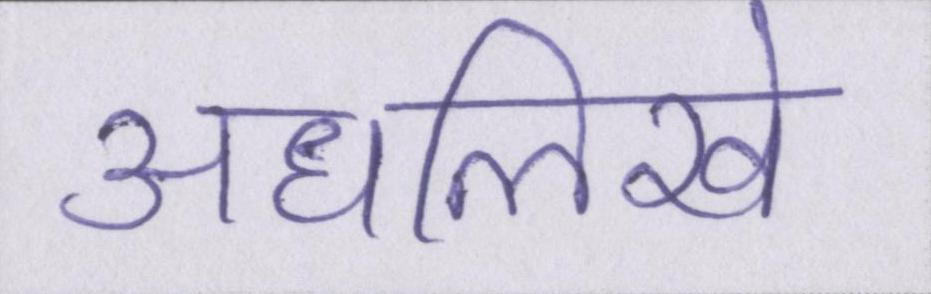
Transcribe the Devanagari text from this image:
अधलिखे